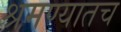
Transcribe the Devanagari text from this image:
श्रमण्यातच